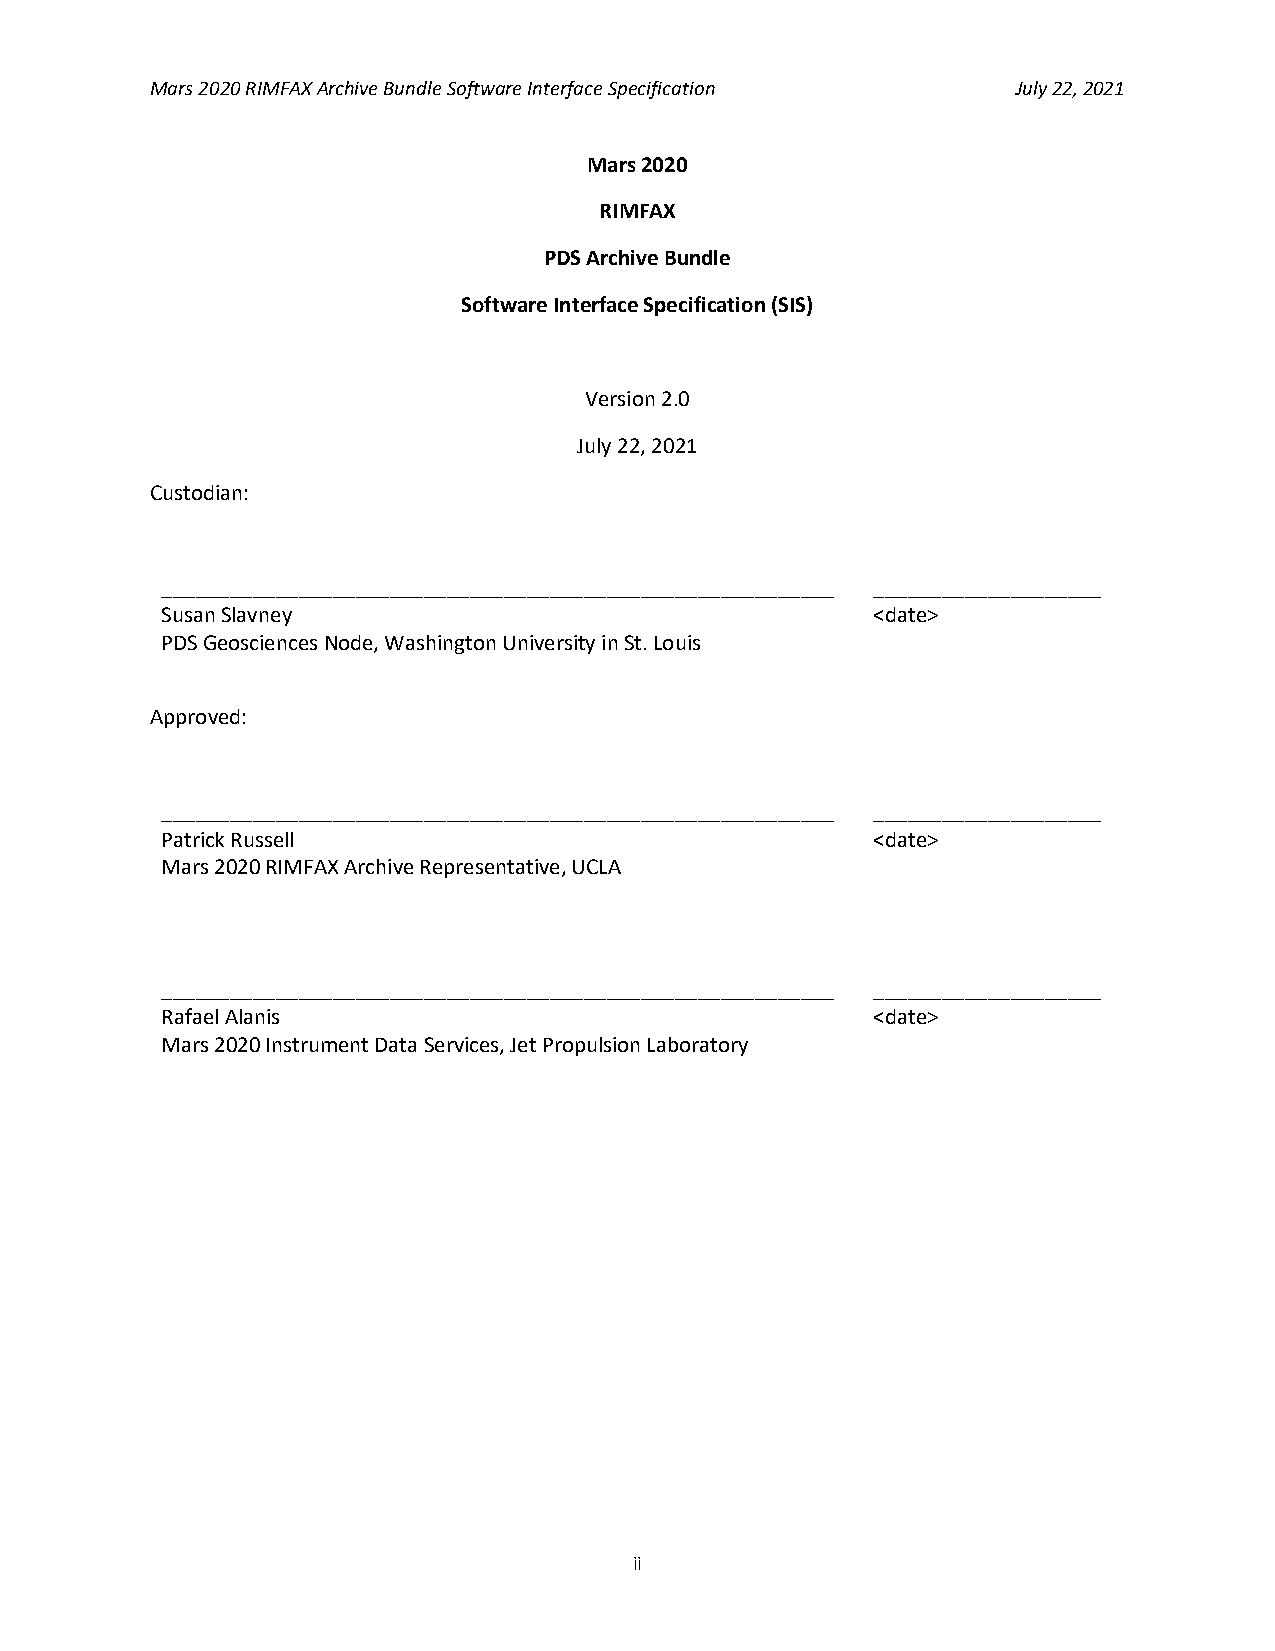
Mars 2020 RIMFAX Archive Bundle Software Interface Specification July 22, 2021
 Mars 2020
 RIMFAX
 PDS Archive Bundle
 Software Interface Specification (SIS)
 Version 2.0
 July 22, 2021
 Custodian:
 ___________________________________________________________ ____________________
 Susan Slavney                                  <date>
 PDS Geosciences Node, Washington University in St. Louis
 Approved:
 ___________________________________________________________ ____________________
 Patrick Russell                                <date>
 Mars 2020 RIMFAX Archive Representative, UCLA
 ___________________________________________________________ ____________________
 Rafael Alanis                                  <date>
 Mars 2020 Instrument Data Services, Jet Propulsion Laboratory
 ii